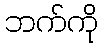
ဘက်ကို